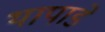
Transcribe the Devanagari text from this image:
थापाडे